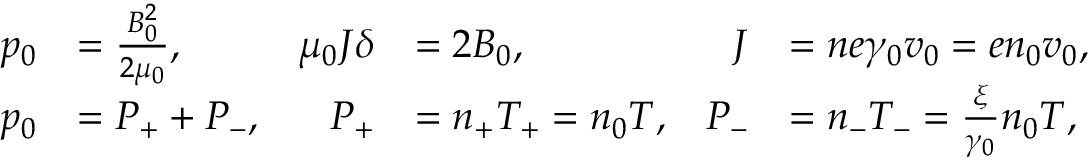
\begin{array} { r l r l r l } { p _ { 0 } } & { = \frac { B _ { 0 } ^ { 2 } } { 2 \mu _ { 0 } } , } & { \mu _ { 0 } J \delta } & { = 2 B _ { 0 } , } & { J } & { = n e \gamma _ { 0 } v _ { 0 } = e n _ { 0 } v _ { 0 } , } \\ { p _ { 0 } } & { = P _ { + } + P _ { - } , } & { P _ { + } } & { = n _ { + } T _ { + } = n _ { 0 } T , } & { P _ { - } } & { = n _ { - } T _ { - } = \frac { \xi } { \gamma _ { 0 } } n _ { 0 } T , } \end{array}